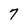
Character: 7